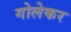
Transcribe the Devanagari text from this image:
गोलेकर